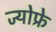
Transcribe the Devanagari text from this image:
ज्योफ्रे